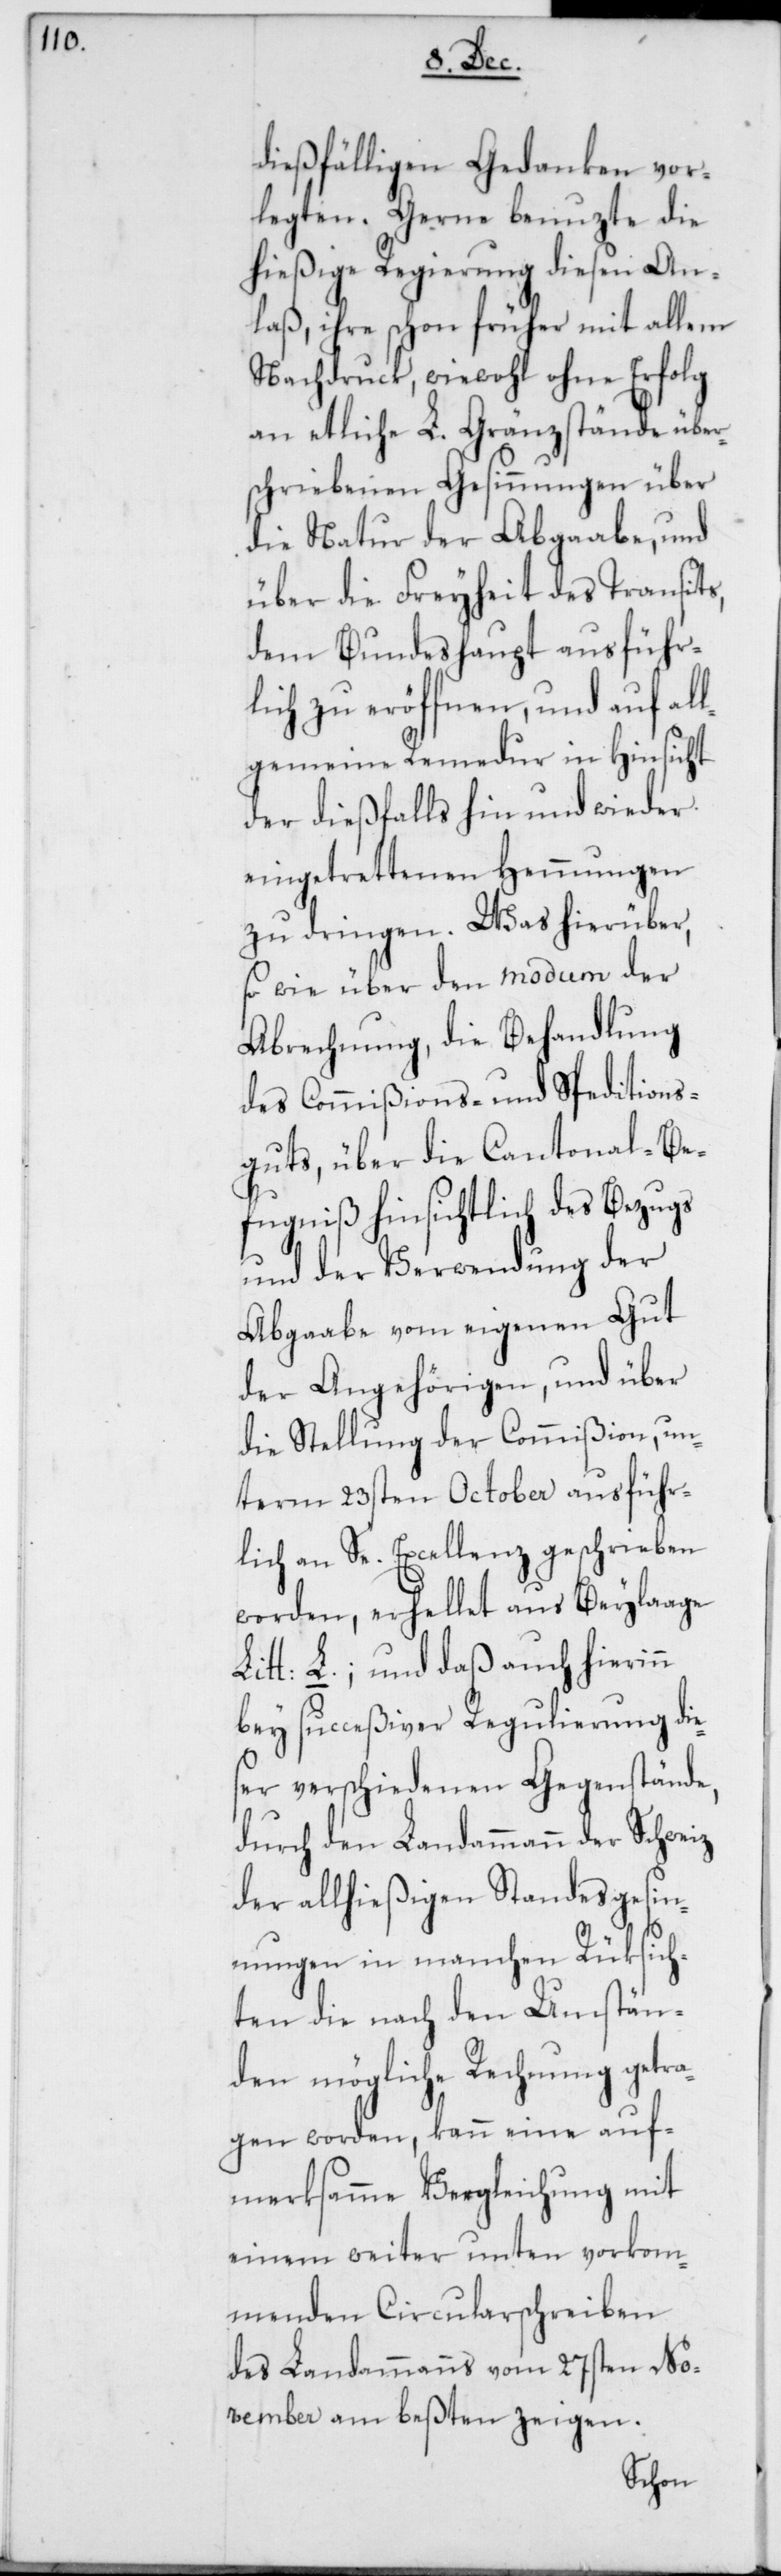
dießfälligen Gedanken vor¬
legten. Gerne benuzte die
hießige Regierung diesen An¬
laß, ihre schon früher mit allem
Nachdruck, wiewohl ohne Erfolg
an etliche L. Gränzstände über¬
schriebenen Gesinnungen über
die Natur der Abgabe, und
über die Freyheit des Transits,
dem Bundeshaupt ausführ¬
lich zu eröffnen, und auf all¬
gemeine Remedur in Hinsicht
der dießfalls hin und wieder
eingetrettenen Hemmungen
zu dringen. Was hierüber,
so wie über den modum der
Abrechnung, die Behandlung
des Commißions- und Speditions¬
guts, über die Cantonal-Be¬
fugniß hinsichtlich des Bezugs
und der Verwendung der
Abgabe vom eigenen Gut
der Angehörigen, und über
die Stellung der Commißion, un¬
term 23sten October ausführ¬
lich an Se. Excellenz geschrieben
worden, erhellet aus Beylage
Litt: L.; und daß auch hierinn
bey succeßiver Regulierung die¬
ser verschiedenen Gegenstände,
durch den Landammann der Schweiz
der allhießigen Standesgesin¬
nungen in manchen Rüksich¬
ten die nach den Umstän¬
den mögliche Rechnung getra¬
gen worden, kann eine auf¬
merksame Vergleichung mit
einem weiter unten vorkom¬
menden Circularschreiben
des Landammanns vom 27sten No¬
vember am beßten zeigen.